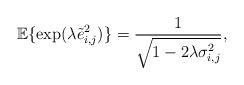
LaTeX: \begin{align*}\mathbb{E}\{\exp(\lambda \tilde e_{i,j}^2)\}=\frac{1}{\sqrt{1-2\lambda \sigma_{i,j}^2}},\end{align*}